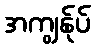
အကျွန်ုပ်